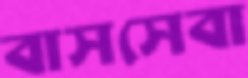
বাসসেবা